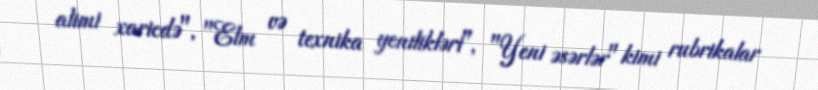
alimi xaricdə", "Elm və texnika yenilikləri", "Yeni əsərlər" kimi rubrikalar